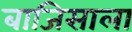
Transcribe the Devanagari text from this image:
बाजिसाला